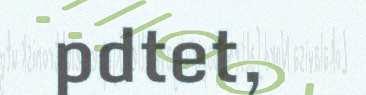
pdtet,